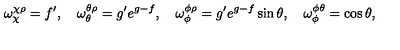
\omega _ { \chi } ^ { \chi \rho } = f ^ { \prime } , \quad \omega _ { \theta } ^ { \theta \rho } = g ^ { \prime } e ^ { g - f } , \quad \omega _ { \phi } ^ { \phi \rho } = g ^ { \prime } e ^ { g - f } \sin { \theta } , \quad \omega _ { \phi } ^ { \phi \theta } = \cos { \theta } ,